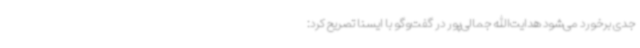
جدی برخورد می‌شود هدایت‌الله جمالی‌پور در گفت‌وگو با ایسنا تصریح کرد: